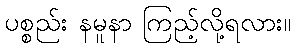
ပစ္စည်း နမူနာ ကြည့်လို့ရလား။